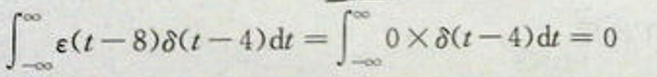
\[
\int_{-\infty}^{\infty} \epsilon(t - 8)\delta(t - 4)\mathrm{d}t=\overline{\int_{-\infty}^{\infty} 0\times\delta(t - 4)\mathrm{d}t}=0
\]